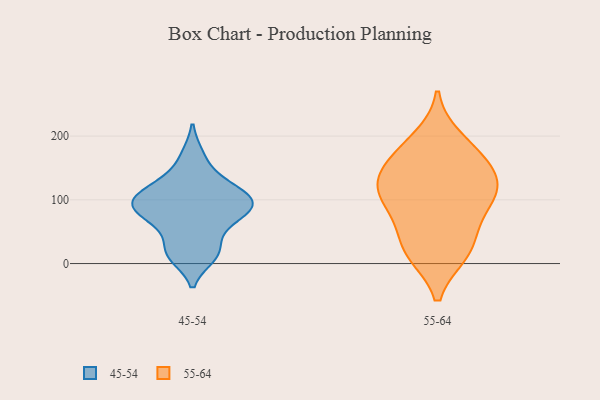
{"axis": {"x": "Population (Million)", "y": "Value"}, "legend": ["45-54", "55-64"], "data": [{"x": "", "y": 64, "type": "45-54"}, {"x": "", "y": 96, "type": "45-54"}, {"x": "", "y": 86, "type": "45-54"}, {"x": "", "y": 14, "type": "45-54"}, {"x": "", "y": 90, "type": "45-54"}, {"x": "", "y": 11, "type": "45-54"}, {"x": "", "y": 89, "type": "45-54"}, {"x": "", "y": 63, "type": "45-54"}, {"x": "", "y": 26, "type": "45-54"}, {"x": "", "y": 134, "type": "45-54"}, {"x": "", "y": 115, "type": "45-54"}, {"x": "", "y": 98, "type": "45-54"}, {"x": "", "y": 117, "type": "45-54"}, {"x": "", "y": 170, "type": "45-54"}, {"x": "", "y": 106, "type": "55-64"}, {"x": "", "y": 158, "type": "55-64"}, {"x": "", "y": 123, "type": "55-64"}, {"x": "", "y": 23, "type": "55-64"}, {"x": "", "y": 196, "type": "55-64"}, {"x": "", "y": 133, "type": "55-64"}, {"x": "", "y": 107, "type": "55-64"}, {"x": "", "y": 154, "type": "55-64"}, {"x": "", "y": 179, "type": "55-64"}, {"x": "", "y": 17, "type": "55-64"}, {"x": "", "y": 16, "type": "55-64"}, {"x": "", "y": 77, "type": "55-64"}, {"x": "", "y": 60, "type": "55-64"}, {"x": "", "y": 114, "type": "55-64"}]}